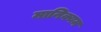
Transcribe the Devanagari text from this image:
मानिक्यम